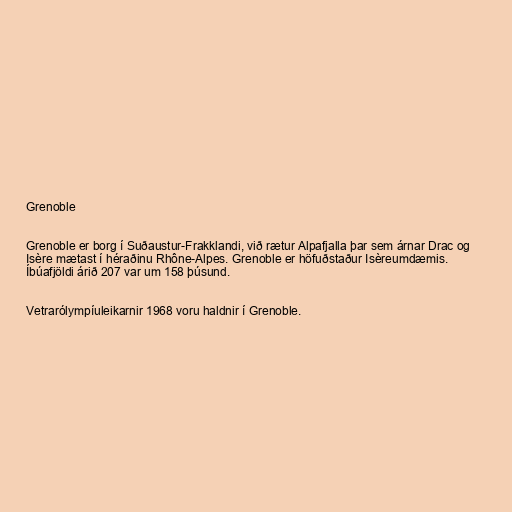
Grenoble

Grenoble er borg í Suðaustur-Frakklandi, við rætur Alpafjalla þar sem árnar Drac og
Isère mætast í héraðinu Rhône-Alpes. Grenoble er höfuðstaður Isèreumdæmis.
Íbúafjöldi árið 207 var um 158 þúsund.

Vetrarólympíuleikarnir 1968 voru haldnir í Grenoble.